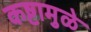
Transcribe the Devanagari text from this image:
कष्टामुळे